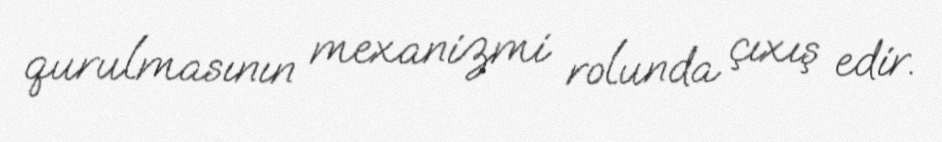
qurulmasının mexanizmi rolunda çıxış edir.